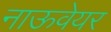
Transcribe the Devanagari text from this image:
नाऊवेयर